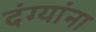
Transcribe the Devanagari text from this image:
दंग्यांना